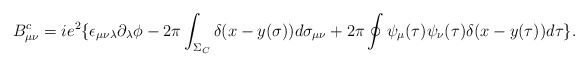
\begin{align*}B_{\mu\nu}^{c} = ie^{2}\{\epsilon_{\mu\nu\lambda}\partial_{\lambda}\phi -2\pi\int_{\Sigma_{C}}\delta (x-y(\sigma))d\sigma_{\mu\nu} +2\pi\oint \psi_{\mu}(\tau) \psi_{\nu}(\tau) \delta (x-y(\tau))d\tau \}. \end{align*}